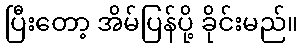
ပြီးတော့ အိမ်ပြန်ပို့ ခိုင်းမည်။